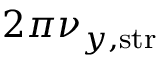
2 \pi \nu _ { y , \mathrm { s t r } }